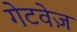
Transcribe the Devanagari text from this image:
गेटवेज़